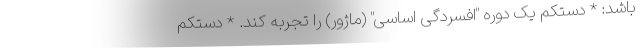
باشد: * دستکم یک دوره "افسردگی اساسی" (ماژور) را تجربه کند. * دستکم